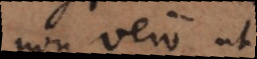
non vero ut